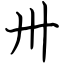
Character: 卅